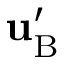
{ \bf { u } } _ { \mathrm { { B } } } ^ { \prime }